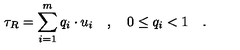
\tau _ { R } = \sum _ { i = 1 } ^ { m } q _ { i } \cdot u _ { i } \quad , \quad 0 \le q _ { i } < 1 \quad .